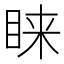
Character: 睐